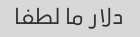
دلار ما لطفا